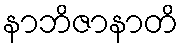
နာဘိဇာနာတိ